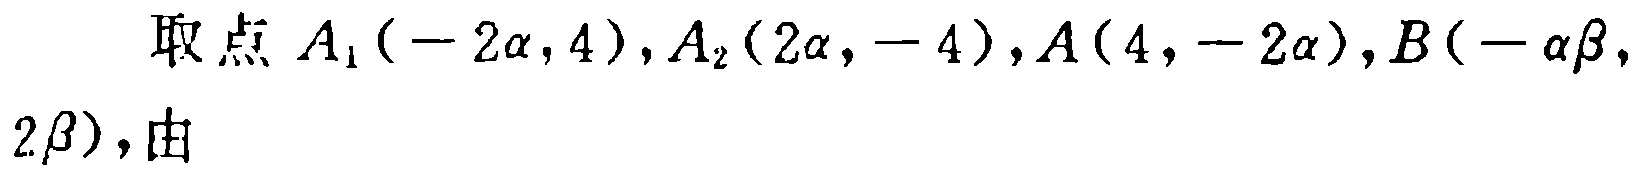
取点 \(A_1(-2\alpha,4),A_2(2\alpha,-4),A(4,-2\alpha),B(-\alpha\beta,2\beta)\)，由